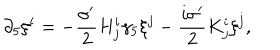
\partial _ { 5 } \xi ^ { i } = - \frac { \sigma ^ { \prime } } { 2 } H _ { j } ^ { i } \gamma _ { 5 } \xi ^ { j } - \frac { i \sigma ^ { \prime } } { 2 } K _ { j } ^ { i } \xi ^ { j } ,